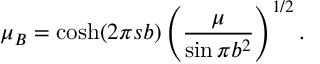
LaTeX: \mu _ { B } = \cosh ( 2 \pi s b ) \left( \frac { \mu } { \sin \pi b ^ { 2 } } \right) ^ { 1 / 2 } .